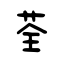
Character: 荃